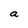
Character: a